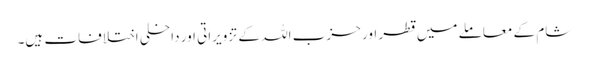
شام کے معاملے میں قطر اور حزب اللہ کے تزویراتی اور داخلی اختلافات ہیں۔